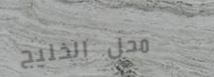
محل الخليج